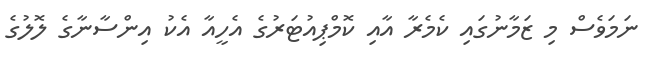
ނަމަވެސް މި ޒަމާނުގައި ކެމެރާ އާއި ކޮމްޕިއުޓަރުގެ އެހީއާ އެކު އިންސާނާގެ ލޮލުގެ